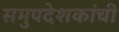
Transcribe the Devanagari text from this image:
समुपदेशकांची